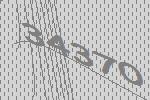
34370